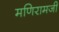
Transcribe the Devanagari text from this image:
मणिरामजी